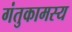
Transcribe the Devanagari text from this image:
गंतुकामस्य